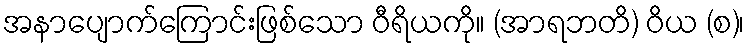
အနာပျောက်ကြောင်းဖြစ်သော ဝီရိယကို။ (အာရဘတိ) ဝိယ (စ)၊